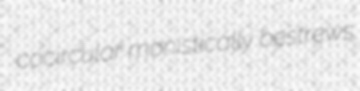
cocircular monistically bestrews